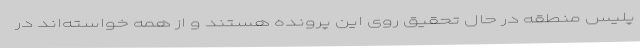
پلیس منطقه در حال تحقیق روی این پرونده هستند و از همه خواسته‌اند در